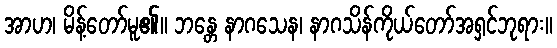
အာဟ၊ မိန့်တော်မူ၏။ ဘန္တေ နာဂသေန၊ နာဂသိန်ကိုယ်တော်အရှင်ဘုရား။